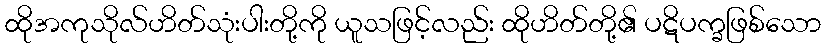
ထိုအကုသိုလ်ဟိတ်သုံးပါးတို့ကို ယူသဖြင့်လည်း ထိုဟိတ်တို့၏ ပဋိပက္ခဖြစ်သော